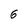
Character: 6